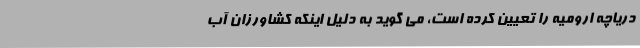
دریاچه ارومیه را تعیین کرده است، می گوید به دلیل اینکه کشاورزان آب